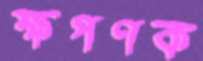
ক্ষপণক